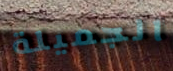
الجميلة